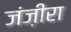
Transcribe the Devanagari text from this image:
जंज़ीरा